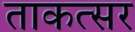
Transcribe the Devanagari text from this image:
ताकत्सर